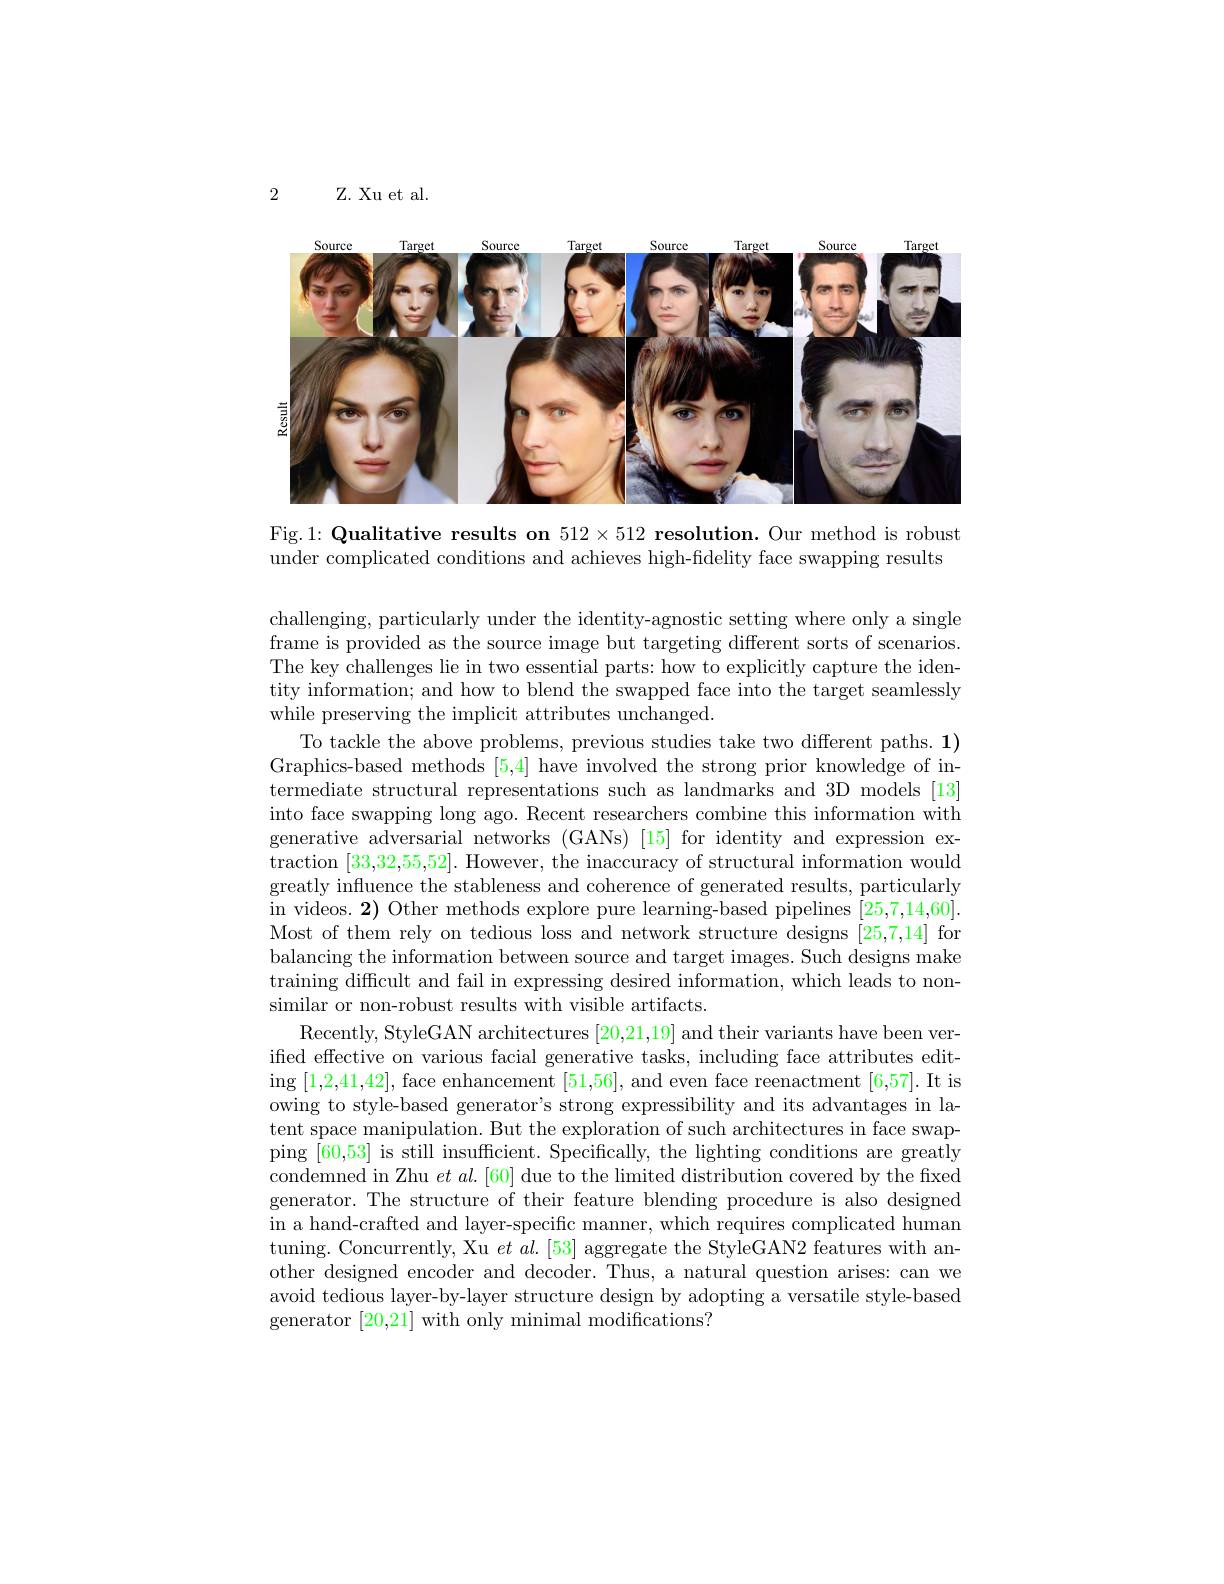
2

Z. Xu et al.

<FigureHere>

Fig.1: Qualitative results on $512\times 512\textbf{ resolution. Our method is robust}$ under complicated conditions and achieves high-fidelity face swapping results

challenging, particularly under the identity-agnostic setting where only a single frame is provided as the source image but targeting different sorts of scenarios. The key challenges lie in two essential parts: how to explicitly capture the identity information; and how to blend the swapped face into the target seamlessly while preserving the implicit attributes unchanged.
To tackle the above problems, previous studies take two different paths. 1) Graphics-based methods [5,4] have involved the strong prior knowledge of intermediate structural representations such as landmarks and 3D models [13] into face swapping long ago. Recent researchers combine this information with generative adversarial networks (GANs) [15] for identity and expression extraction [33,32,55,52]. However, the inaccuracy of structural information would greatly influence the stableness and coherence of generated results, particularly in videos. 2) Other methods explore pure learning-based pipelines [25,7,14,60]. Most of them rely on tedious loss and network structure designs [25,7,14] for balancing the information between source and target images. Such designs make training difficult and fail in expressing desired information, which leads to nonsimilar or non-robust results with visible artifacts.
Recently, StyleGAN architectures [20,21,19] and their variants have been verified effective on various facial generative tasks, including face attributes editing [1,2,41,42], face enhancement [51,56], and even face reenactment [6,57]. It is owing to style-based generator's strong expressibility and its advantages in latent space manipulation. But the exploration of such architectures in face swapping $\bar[60,53]$ is still insufficient. Specifically, the lighting conditions are greatly condemned in Zhu $etal.[60]$ due to the limited distribution covered by the fixed generator. The structure of their feature blending procedure is also designed in a hand-crafted and layer-specific manner, which requires complicated human tuning. Concurrently, Xu $et\textit{al. [ 53] aggregate the StyleGAN2 features with an- }$ other designed encoder and decoder. Thus, a natural question arises: can we avoid tedious layer-by-layer structure design by adopting a versatile style-based generator [20,21] with only minimal modifications?